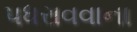
પધરાવવાના